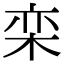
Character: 栾